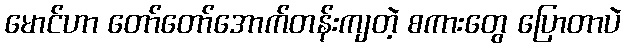
မောင်ဟာ တော်တော်အောက်တန်းကျတဲ့ စကားတွေ ပြောတာပဲ